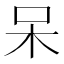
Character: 呆